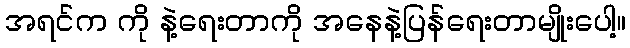
အရင်က ကို နဲ့ရေးတာကို အနေနဲ့ပြန်ရေးတာမျိုးပေါ့။